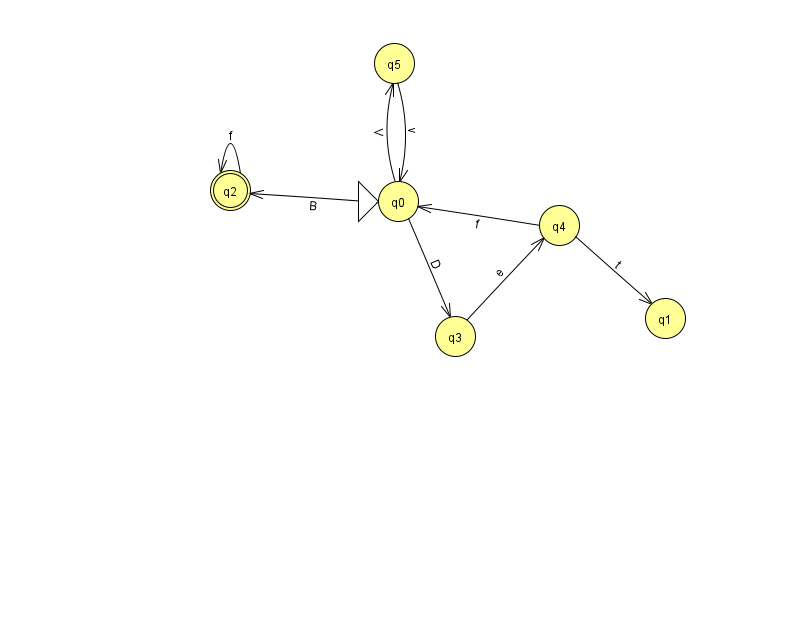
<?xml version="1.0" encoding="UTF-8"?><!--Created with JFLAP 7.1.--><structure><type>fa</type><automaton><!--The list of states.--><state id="0" name="q0"><x>398.0</x><y>188.0</y><initial/></state><state id="1" name="q1"><x>665.0</x><y>305.0</y></state><state id="2" name="q2"><x>230.0</x><y>177.0</y><final/></state><state id="3" name="q3"><x>455.0</x><y>323.0</y></state><state id="4" name="q4"><x>559.0</x><y>212.0</y></state><state id="5" name="q5"><x>394.0</x><y>50.0</y></state><!--The list of transitions.--><transition><from>4</from><to>0</to><read>f</read></transition><transition><from>2</from><to>2</to><read>f</read></transition><transition><from>0</from><to>2</to><read>B</read></transition><transition><from>0</from><to>3</to><read>D</read></transition><transition><from>4</from><to>1</to><read>t</read></transition><transition><from>3</from><to>4</to><read>e</read></transition><transition><from>0</from><to>5</to><read>V</read></transition><transition><from>5</from><to>0</to><read>v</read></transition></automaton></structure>